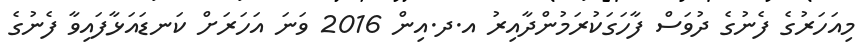
މިއަހަރުގެ ފެނުގެ ދުވަސް ފާހަގަކުރަމުންދާއިރު އ.ދ.އިން 2016 ވަނަ އަހަރަށް ކަނޑައަޅާފައިވާ ފެނުގެ